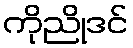
ကိုညိုဒင်